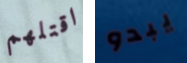
اقتلهم يبدو